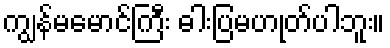
ကျွန်မမောင်ကြီး ဓါးပြမဟုတ်ပါဘူး။